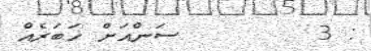
: 3       ސަންއަށް ޚަބަރެއް